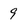
Character: 9